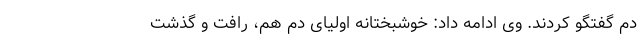
دم گفتگو کردند. وی ادامه داد: خوشبختانه اولیای دم هم، رافت و گذشت